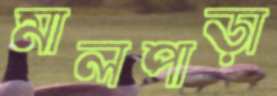
মালপাড়া